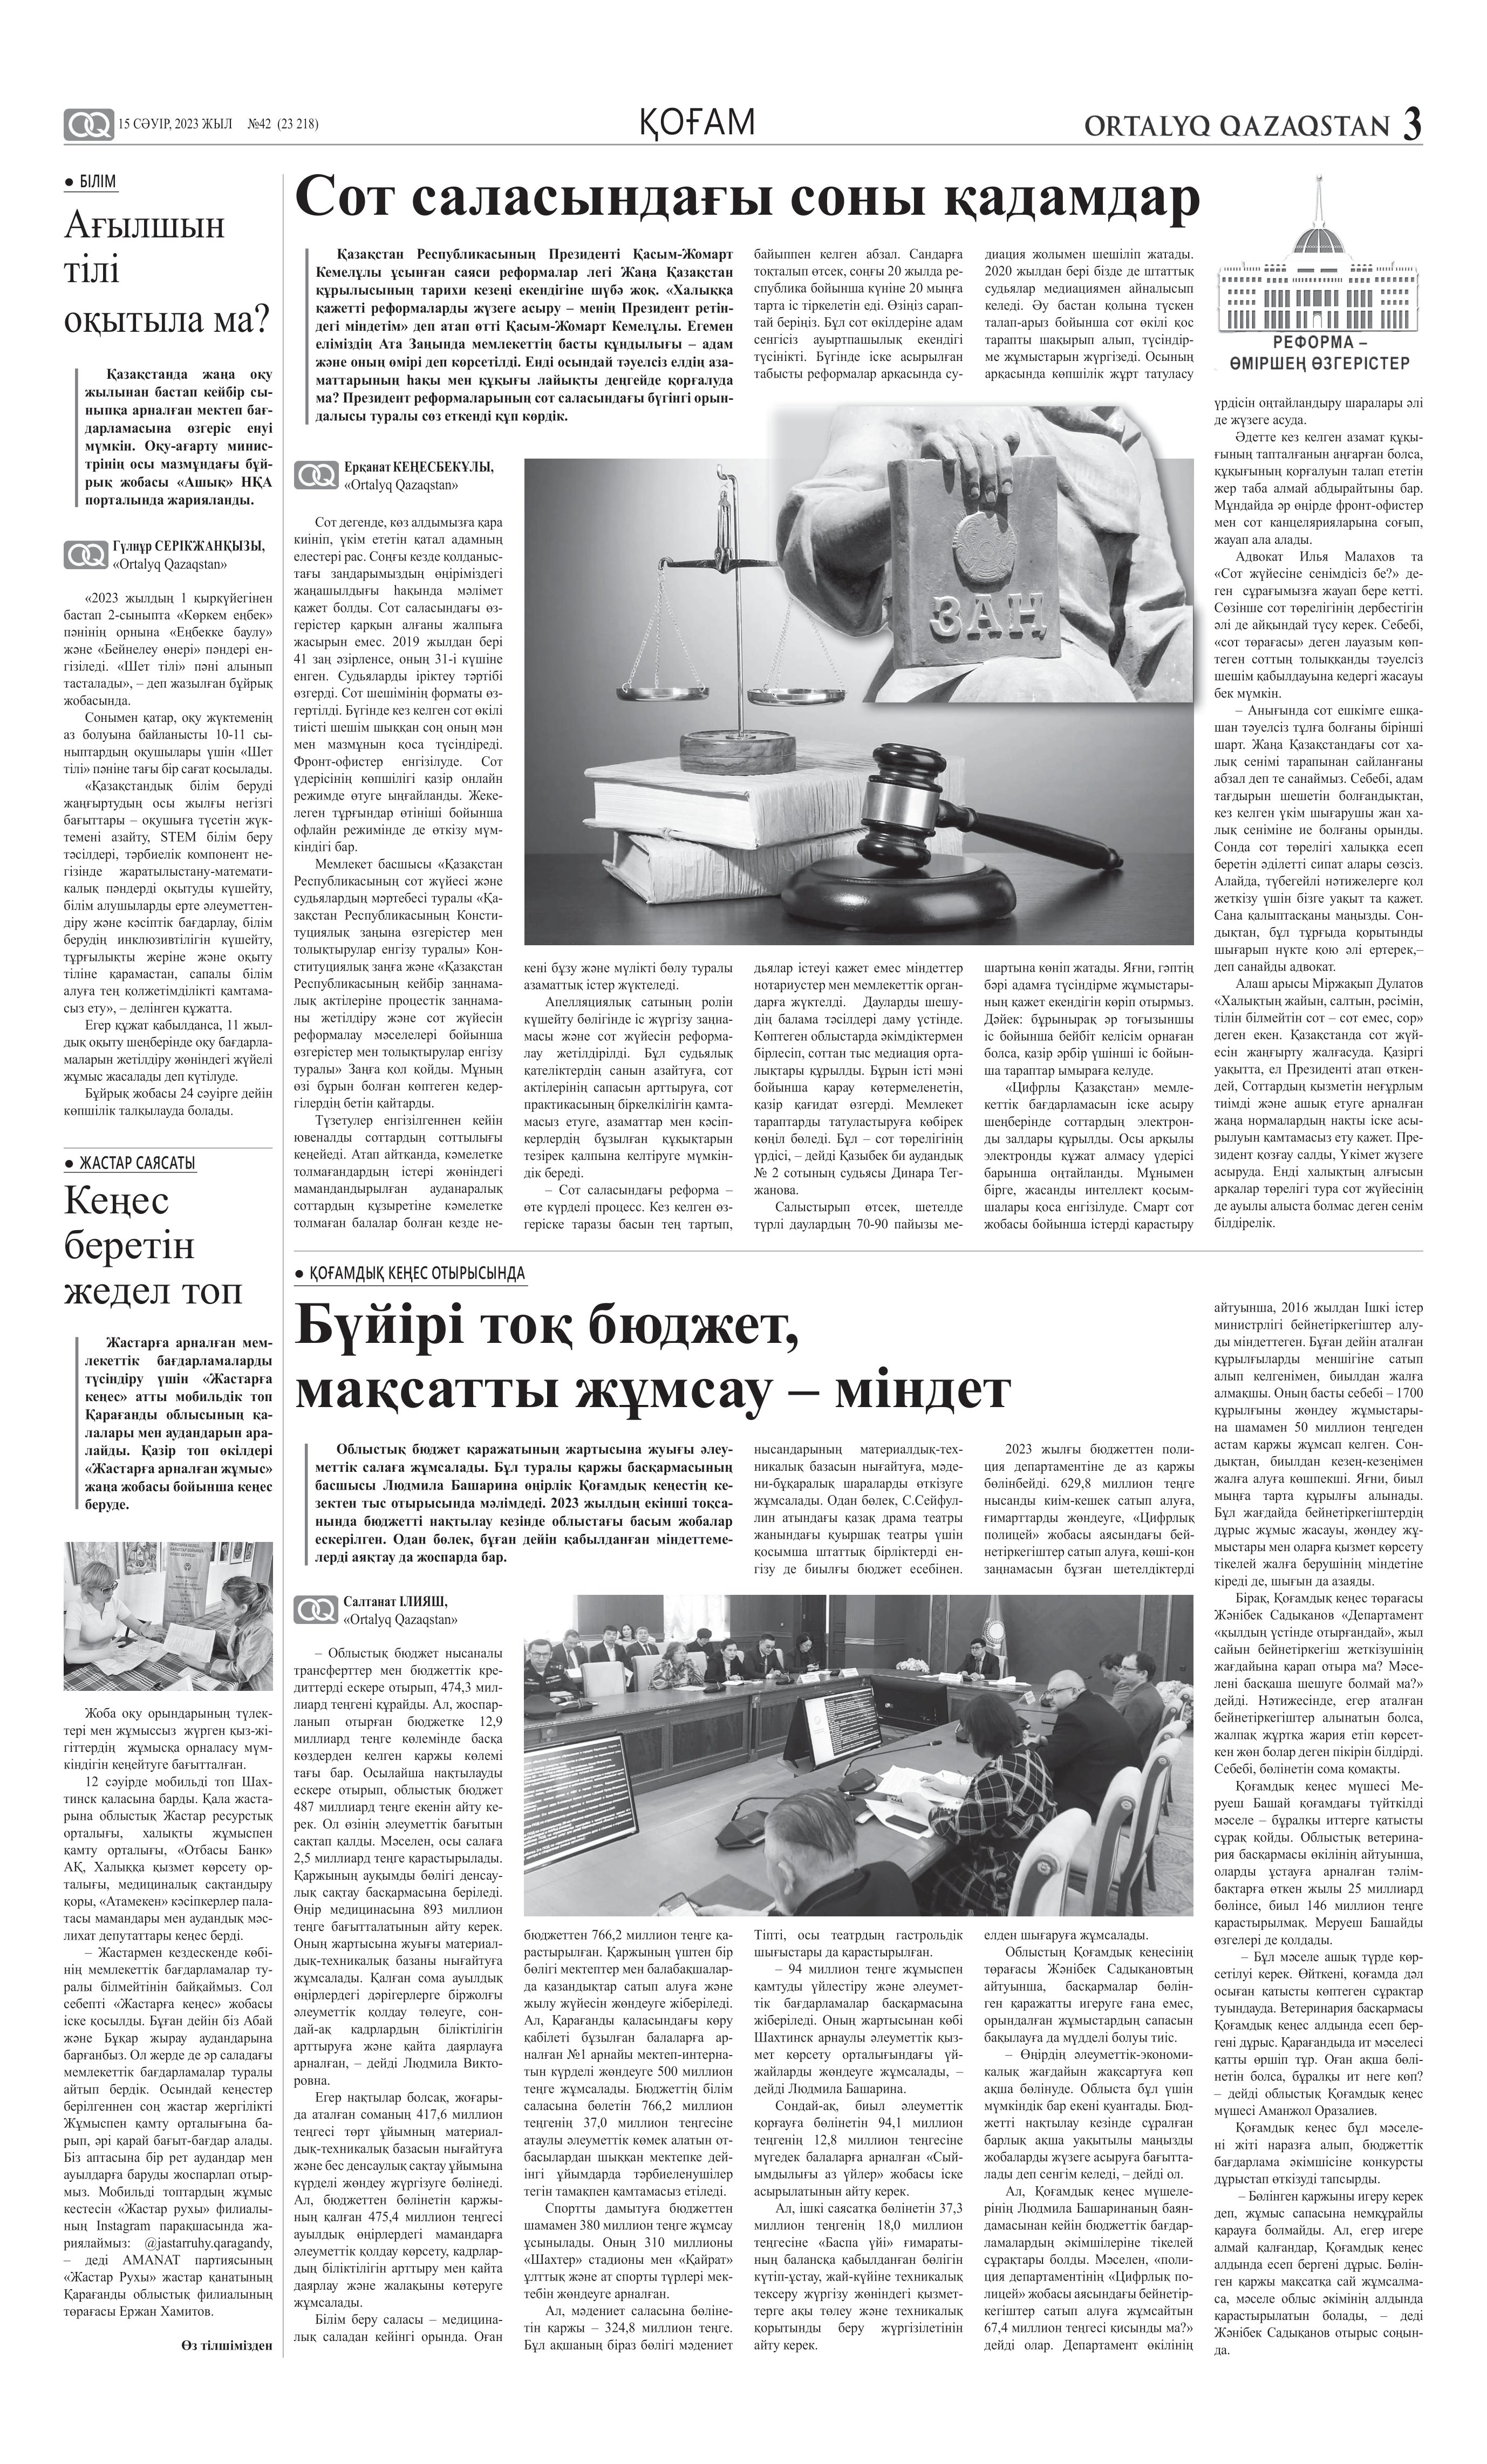
Language: kk